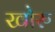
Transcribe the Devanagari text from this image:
खोरु